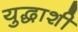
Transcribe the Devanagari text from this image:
युद्धाशी